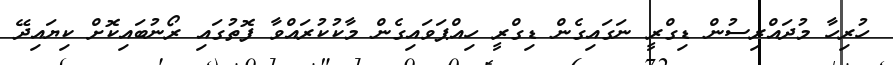
ހުރިހާ މުދައްރިސުން ޑިގްރީ ނަގައިގެން ޑިގްރީ ހިއްޕަވައިގެން މާކުކުރައްވާ ފޮތުގައި ރޯނުބައިކޮށް ކިޔައިދޭ